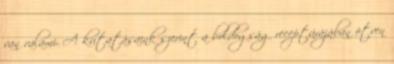
van valami. A kutatásaink szerint a boldogság receptúrájában ötven